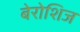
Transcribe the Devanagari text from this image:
बेरोशिज